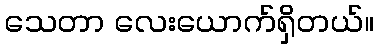
သေတာ လေးယောက်ရှိတယ်။